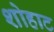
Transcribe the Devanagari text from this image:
शोहाट